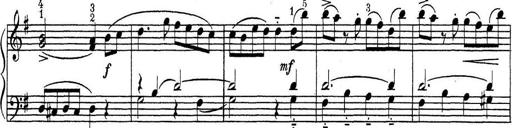
Title: ÄŒeskÃ© Sonatiny
Composer: Various